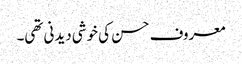
معروف حسن کی خوشی دیدنی تھی۔